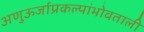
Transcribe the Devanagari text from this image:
अणुऊर्जाप्रकल्पांभोवताली